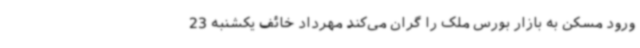
ورود مسکن به بازار بورس ملک را گران می‌کند مهرداد خائف یکشنبه 23